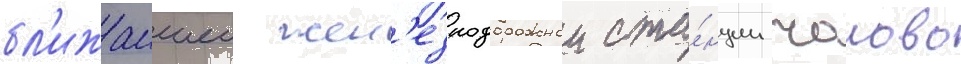
бл'ижаишеи жел'езнодорожнои ста́нции чолово